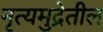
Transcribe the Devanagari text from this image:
नृत्यमुद्रेतील